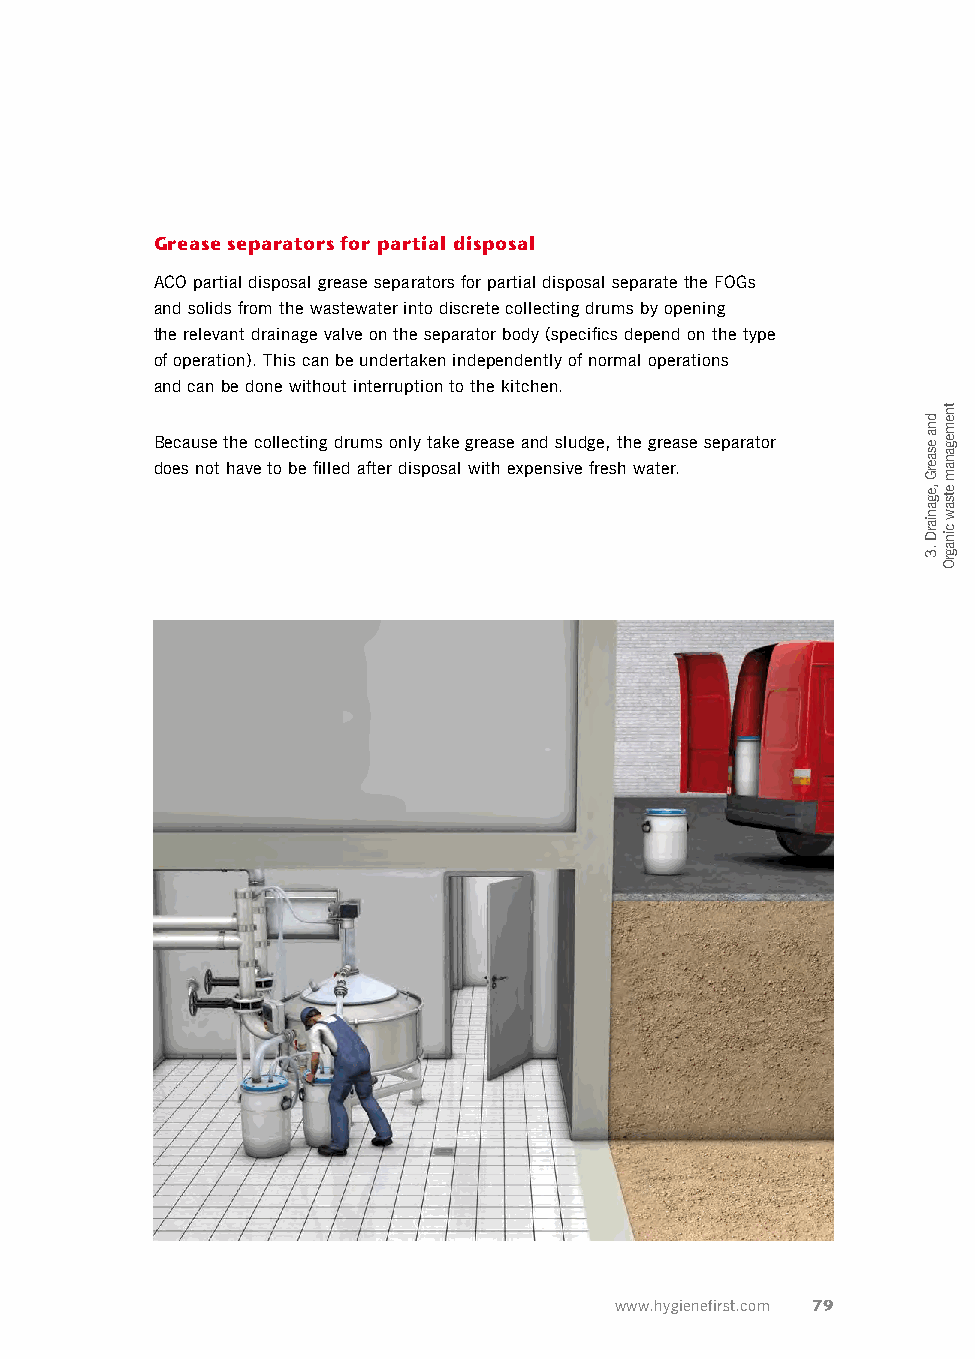
Grease separators for partial disposal
 ACO partial disposal grease separators for partial disposal separate the FOGs
 and solids from the wastewater into discrete collecting drums by opening
 the relevant drainage valve on the separator body (specifics depend on the type
 of operation). This can be undertaken independently of normal operations
 and can be done without interruption to the kitchen.
 Because the collecting drums only take grease and sludge, the grease separator
 does not have to be filled after disposal with expensive fresh water.
 www.hygienefirst.com 79
 dna
 esaerG
 ,eganiarD
 .3
 tnemeganam
 etsaw
 cinagrO